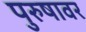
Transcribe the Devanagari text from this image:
पुरुषावर